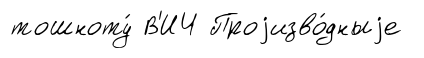
тошноту́ В'ИЧ Проjизво́дныjе